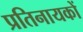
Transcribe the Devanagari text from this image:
प्रतिनायकों